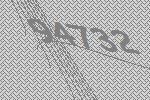
94732